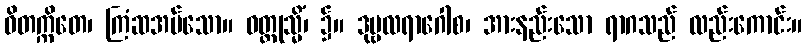
ဝိတက္ကိတေ၊ ကြံဆအပ်သော။ ဝတ္ထုသ္မိံ၊ ၌။ ဒုဗ္ဗလရာဂေါစ၊ အားနည်းသော ရာဂသည် လည်းကောင်း။